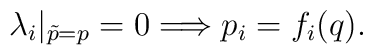
\lambda_i |_{\tilde p=p} =0 \Longrightarrow p_i=f_i(q){.}